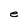
Character: e